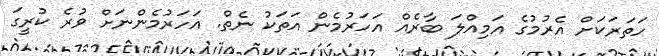
ހަތަރަކަށް އެރުމުގެ އަމިއްލަ ބާރެއް އަހަރުމެން އަތަކު ނެތް. އަހަރުމެންނަށް ވުރެ ކުރީގަ